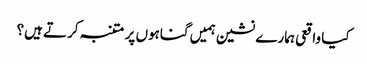
کیا واقعی ہمارے نشین ہمیں گناہوں پر متنبہ کرتے ہیں؟